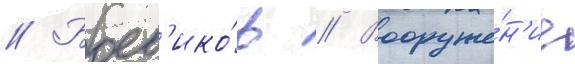
// Боев'ико́в // Вооруже́н'ие